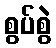
စွပ်စွဲ